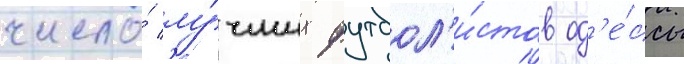
число́ лу́чших футбол'и́стов од'е́ссы